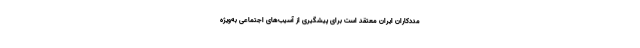
مددکاران ایران معتقد است برای پیشگیری از آسیب‌های اجتماعی به‌ویژه